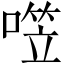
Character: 𰈤